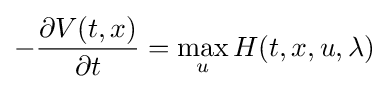
-{\frac {\partial V(t,x)}{\partial t}}=\max _{u}H(t,x,u,\lambda )